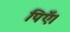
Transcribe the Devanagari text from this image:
पिएँ।